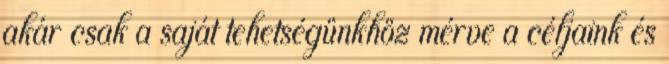
akár csak a saját tehetségünkhöz mérve a céljaink és